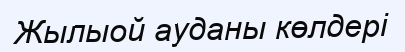
Жылыой ауданы көлдері